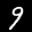
Label: 9